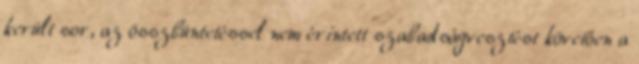
került sor, az összbüntetéssel nem érintett szabadságvesztést követően a